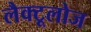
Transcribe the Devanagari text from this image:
लैक्टूलोज